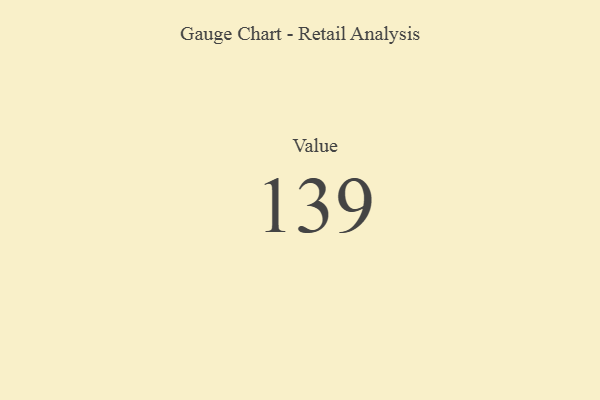
{"axis": {"x": "Metric", "y": "Value"}, "legend": [""], "data": [{"x": "Value", "y": 139, "type": ""}]}